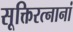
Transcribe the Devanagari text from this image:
सूक्तिरत्नानां